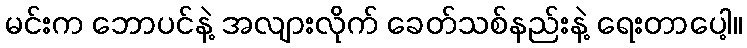
မင်းက ဘောပင်နဲ့ အလျားလိုက် ခေတ်သစ်နည်းနဲ့ ရေးတာပေါ့။